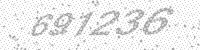
Solution: 691236